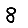
Digit: 8